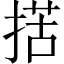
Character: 𢱗